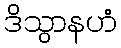
ဒိသွာနဟံ